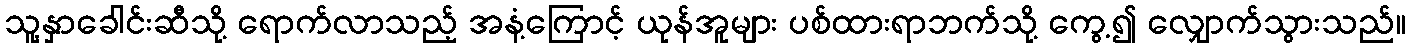
သူ့နှာခေါင်းဆီသို့ ရောက်လာသည့် အနံ့ကြောင့် ယုန်အူများ ပစ်ထားရာဘက်သို့ ကွေ့၍ လျှောက်သွားသည်။